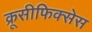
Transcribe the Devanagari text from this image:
क्रूसीफिक्‍सेस